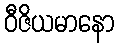
ဝီဇိယမာနော